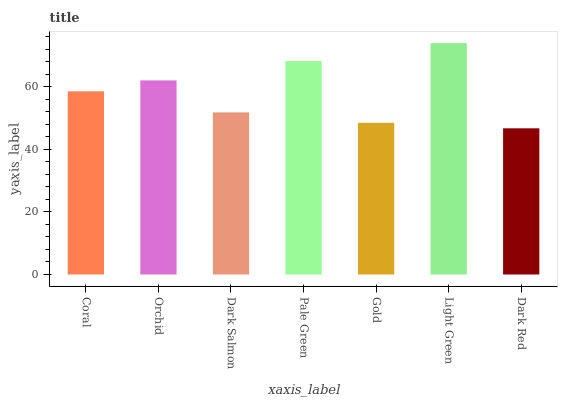
| xaxis_label | bars |
 | --- | --- |
 | Coral | 58.6 |
 | Orchid | 62.1 |
 | Dark Salmon | 51.8 |
 | Pale Green | 68.2 |
 | Gold | 48.5 |
 | Light Green | 74 |
 | Dark Red | 46.8 |